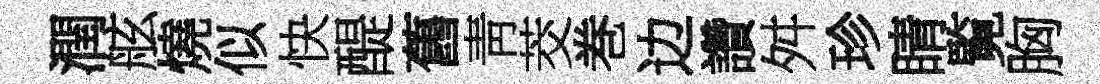
潤舷燒似快醍舊靑茭巻边讚舛珍睛覧胸